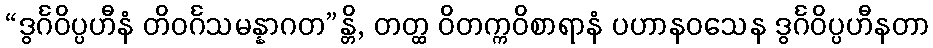
“ဒွင်္ဂဝိပ္ပဟီနံ တိဝင်္ဂသမန္နာဂတ”န္တိ, တတ္ထ ဝိတက္ကဝိစာရာနံ ပဟာနဝသေန ဒွင်္ဂဝိပ္ပဟီနတာ